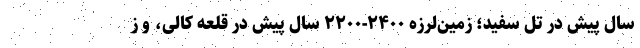
سال پیش در تل سفید؛ زمین‌لرزه ۲۴۰۰-۲۲۰۰ سال پیش در قلعه کالی، و ز